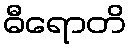
ဓီရောတိ